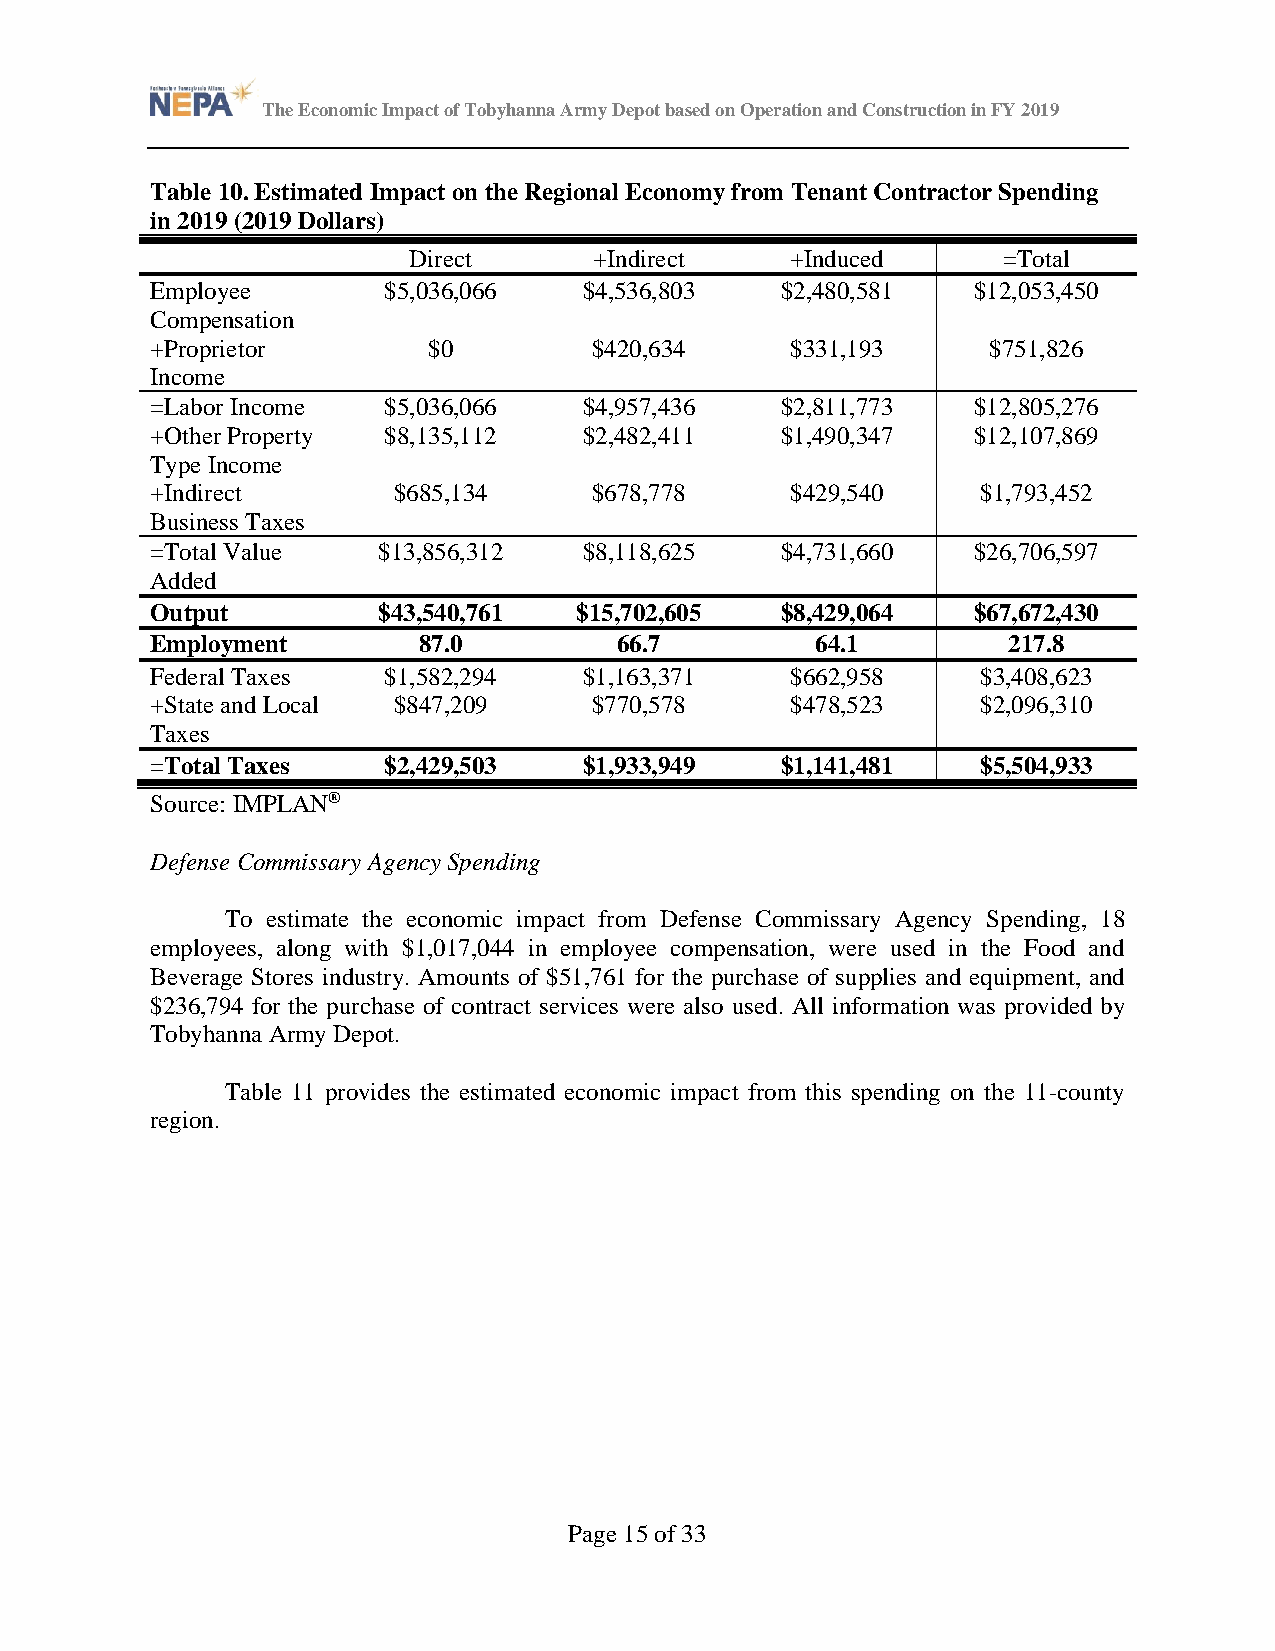
The Economic Impact of Tobyhanna Army Depot based on Operation and Construction in FY 2019
 Table 10. Estimated Impact on the Regional Economy from Tenant Contractor Spending
 in 2019 (2019 Dollars)
 Direct      +Indirect    +Induced      =Total
 Employee       $5,036,066    $4,536,803   $2,480,581  $12,053,450
 Compensation
 +Proprietor       $0         $420,634     $331,193      $751,826
 Income
 =Labor Income  $5,036,066    $4,957,436   $2,811,773  $12,805,276
 +Other Property $8,135,112   $2,482,411   $1,490,347  $12,107,869
 Type Income
 +Indirect       $685,134     $678,778     $429,540     $1,793,452
 Business Taxes
 =Total Value   $13,856,312   $8,118,625   $4,731,660  $26,706,597
 Added
 Output         $43,540,761  $15,702,605   $8,429,064  $67,672,430
 Employment        87.0         66.7         64.1         217.8
 Federal Taxes  $1,582,294    $1,163,371   $662,958     $3,408,623
 +State and Local $847,209    $770,578     $478,523     $2,096,310
 Taxes
 =Total Taxes   $2,429,503    $1,933,949   $1,141,481   $5,504,933
 Source: IMPLAN®
 Defense Commissary Agency Spending
 To estimate the economic impact from Defense Commissary Agency Spending, 18
 employees, along with $1,017,044 in employee compensation, were used in the Food and
 Beverage Stores industry. Amounts of $51,761 for the purchase of supplies and equipment, and
 $236,794 for the purchase of contract services were also used. All information was provided by
 Tobyhanna Army Depot.
 Table 11 provides the estimated economic impact from this spending on the 11-county
 region.
 Page 15 of 33